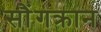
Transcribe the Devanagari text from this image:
सौंगक्रान